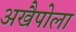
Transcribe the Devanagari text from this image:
अखैपोला